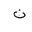
Letter: _non